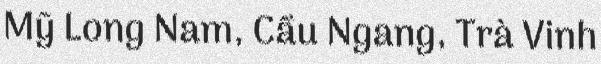
Mỹ Long Nam, Cầu Ngang, Trà Vinh